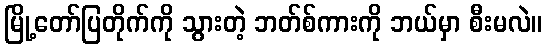
မြို့တော်ပြတိုက်ကို သွားတဲ့ ဘတ်စ်ကားကို ဘယ်မှာ စီးမလဲ။